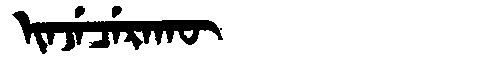
Manchu: ᡳᠨᠵᡝᠴᡝᡵᠠᡴᡡ
Romanization: INJECERAKŪ